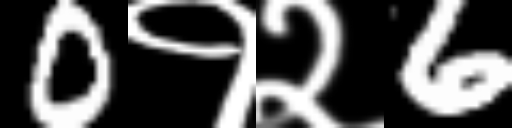
Text: 0१२6